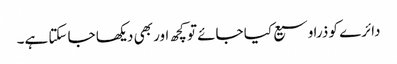
دائرے کو ذرا وسیع کیا جائے تو کچھ اور بھی دیکھا جا سکتا ہے۔